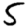
Digit: 5